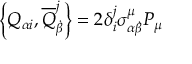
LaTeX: \left\{ Q _ { \alpha i } , { \overline { { Q } } } _ { \dot { \beta } } ^ { j } \right\} = 2 \delta _ { i } ^ { j } \sigma _ { \alpha { \dot { \beta } } } ^ { \mu } P _ { \mu }